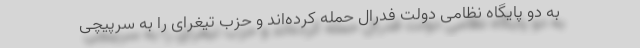
به دو پایگاه نظامی دولت فدرال حمله کرده‌اند و حزب تیغرای را به سرپیچی